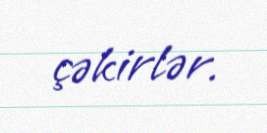
çəkirlər.